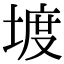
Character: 𡍨